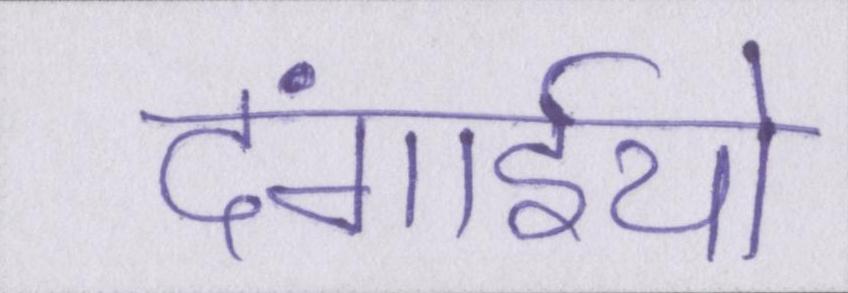
दंगाईयो